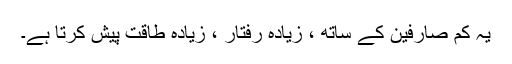
یہ کم صارفین کے ساتھ ، زیادہ رفتار ، زیادہ طاقت پیش کرتا ہے۔